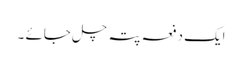
ایک دفعہ پتہ چل جائے ۔